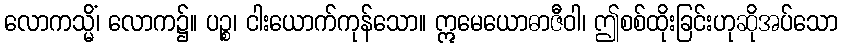
လောကသ္မိံ၊ လောက၌။ ပဉ္စ၊ ငါးယောက်ကုန်သော။ ဣမေယောဓာဇီဝါ၊ ဤစစ်ထိုးခြင်းဟုဆိုအပ်သော